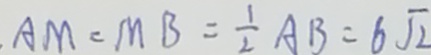
A M = M B = \frac { 1 } { 2 } A B = 6 \sqrt { 2 }